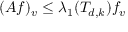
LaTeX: ( A f ) _ { v } \leq \lambda _ { 1 } ( T _ { d , k } ) f _ { v }